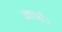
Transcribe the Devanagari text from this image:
मारें।